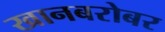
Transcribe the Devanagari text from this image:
खानबरोबर